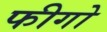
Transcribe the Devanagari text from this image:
फीगो